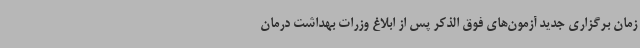
زمان برگزاری جدید آزمون‌های فوق الذکر پس از ابلاغ وزرات بهداشت درمان